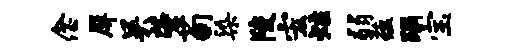
念屏吴肇荀染陵宏炷弱蕴蹋宝